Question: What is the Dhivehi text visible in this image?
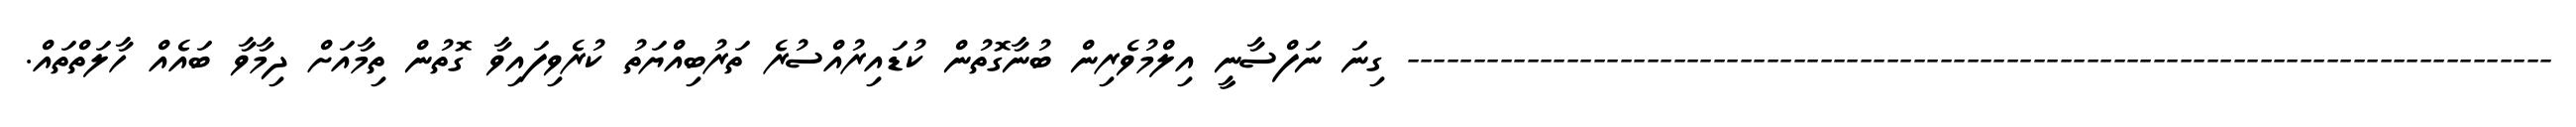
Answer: -------------------------------------------------------------------------------------- ގިނަ ނަފްސާނީ އިލްމުވެރިން ބުނާގޮތުން ކުޑައިރުއްސުރެ ތަރުބިއްޔަތު ކުރެވިފައިވާ ގޮތުން ތިމާއަށް ދިމާވާ ބައެއް ހާލަތްތައް.